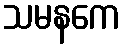
သမနကေ